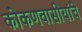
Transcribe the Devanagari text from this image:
कोकणवासीयांचे